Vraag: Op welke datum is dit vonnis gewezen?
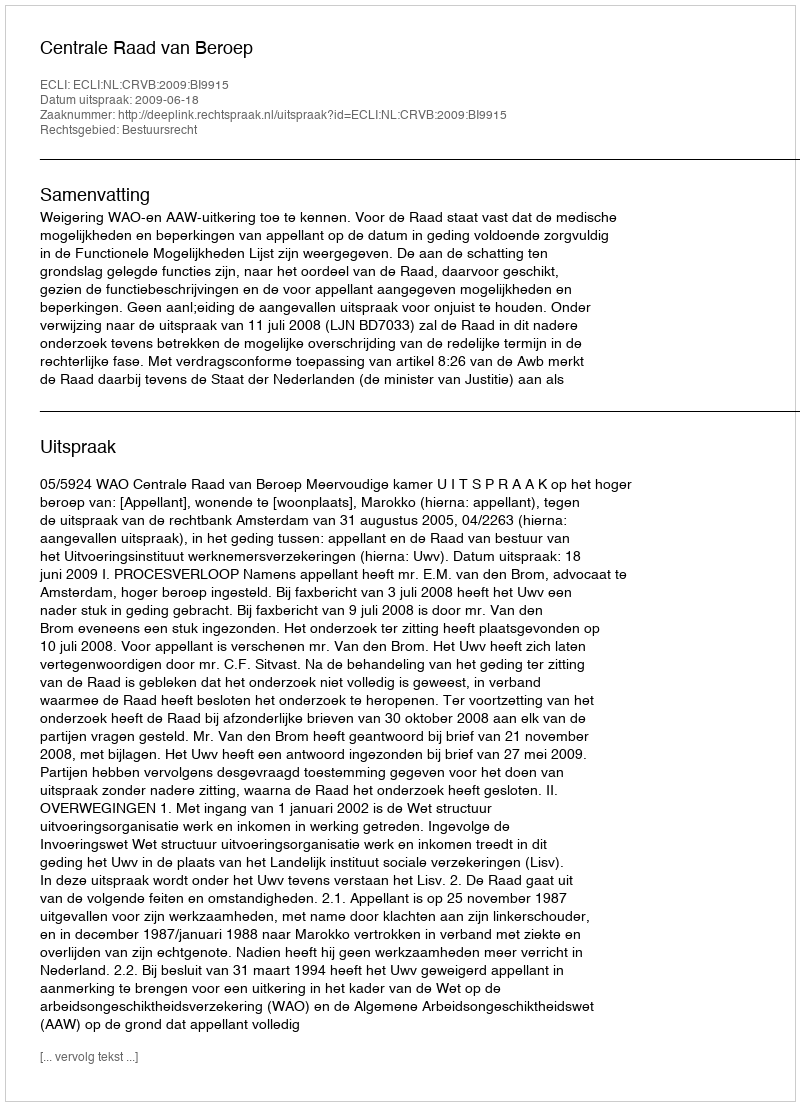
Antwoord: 2009-06-18